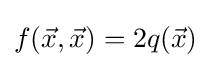
f({\vec {x}},{\vec {x}})=2q({\vec {x}})